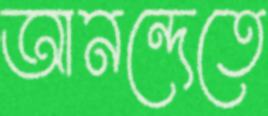
আনন্দেতে